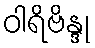
ဝါရိဗိန္ဒု